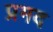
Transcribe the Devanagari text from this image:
प्रमद